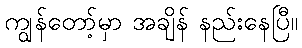
ကျွန်တော့်မှာ အချိန် နည်းနေပြီ။